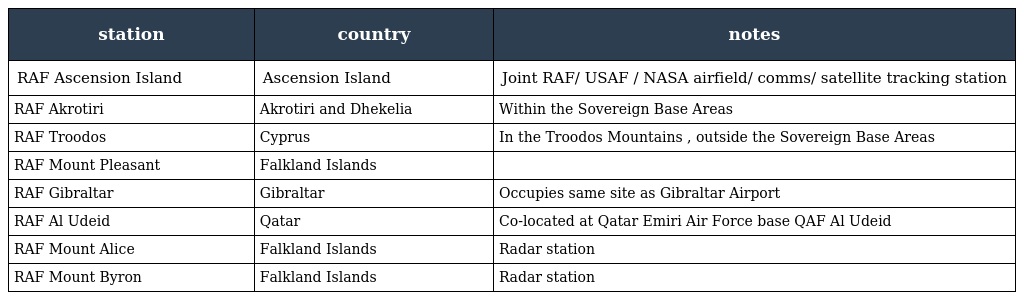
| station | country | notes |
 | --- | --- | --- |
 | RAF Ascension Island | Ascension Island | Joint RAF/ USAF / NASA airfield/ comms/ satellite tracking station |
 | RAF Akrotiri | Akrotiri and Dhekelia | Within the Sovereign Base Areas |
 | RAF Troodos | Cyprus | In the Troodos Mountains , outside the Sovereign Base Areas |
 | RAF Mount Pleasant | Falkland Islands |  |
 | RAF Gibraltar | Gibraltar | Occupies same site as Gibraltar Airport |
 | RAF Al Udeid | Qatar | Co-located at Qatar Emiri Air Force base QAF Al Udeid |
 | RAF Mount Alice | Falkland Islands | Radar station |
 | RAF Mount Byron | Falkland Islands | Radar station |